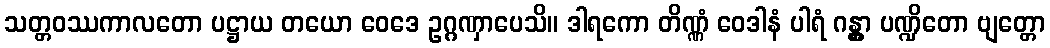
သတ္တဝဿကာလတော ပဋ္ဌာယ တယော ဝေဒေ ဥဂ္ဂဏှာပေသိ။ ဒါရကော တိဏ္ဏံ ဝေဒါနံ ပါရံ ဂန္တွာ ပဏ္ဍိတော ဗျတ္တော